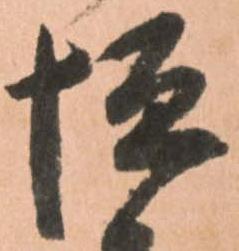
垣